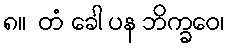
၈။  တံ ခေါ ပန ဘိက္ခဝေ၊